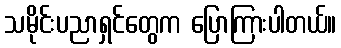
သမိုင်းပညာရှင်တွေက ပြောကြားပါတယ်။